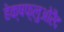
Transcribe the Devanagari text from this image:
हेक्षफ़्लुओरैद